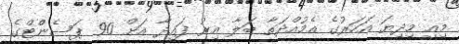
މިއީ މިދިޔަ އަހަރުގެ އެމުއްދަތާ ބަލާ އިރު ފައިދާ އަށް 90 ޕަސެންްޓްގެ